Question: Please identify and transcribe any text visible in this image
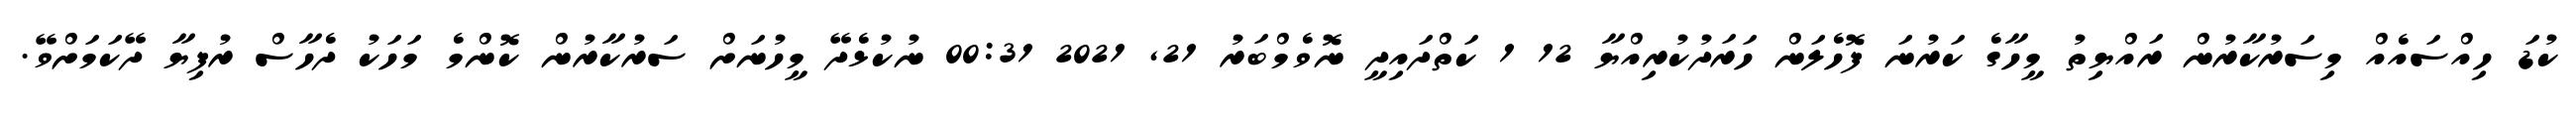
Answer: ކުޑަ ހިއްސައެއް މިސަރުކާރުން ރައްޔިތު މީހާގެ ކަރުނަ ފޮހެލަން ހަރަދުކުރިއްޔާ 12 1 ކަތްދައިދީ ނޮވެމްބަރު 21, 2021 00:31 ނުކުޅެދޭ މީހުނަށް ސަރުކާރުން ކޮންމެ މަހަކު ދެހާސް ރުފިޔާ ދޭކަމަށްވޭ.